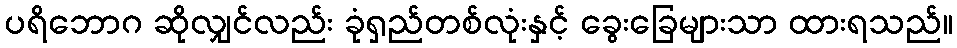
ပရိဘောဂ ဆိုလျှင်လည်း ခုံရှည်တစ်လုံးနှင့် ခွေးခြေများသာ ထားရသည်။